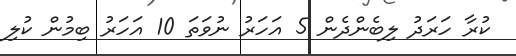
ކުރާ ހަރަދު ލިބެންދެން 5 އަހަރު ނުވަތަ 10 އަހަރު ބިމުން ކުލި